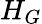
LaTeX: H_{G}